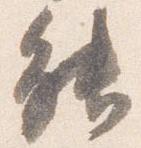
能